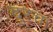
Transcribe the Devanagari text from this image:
दुरचा